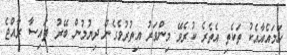
ހަމައެއާއެކު ތަކެތި އެތެރެ ކުރެވޭ މިންވަރު އިތުރުވެގެން ދިޔުމުން ބޭރު ފައިސާ ރާއްޖެ